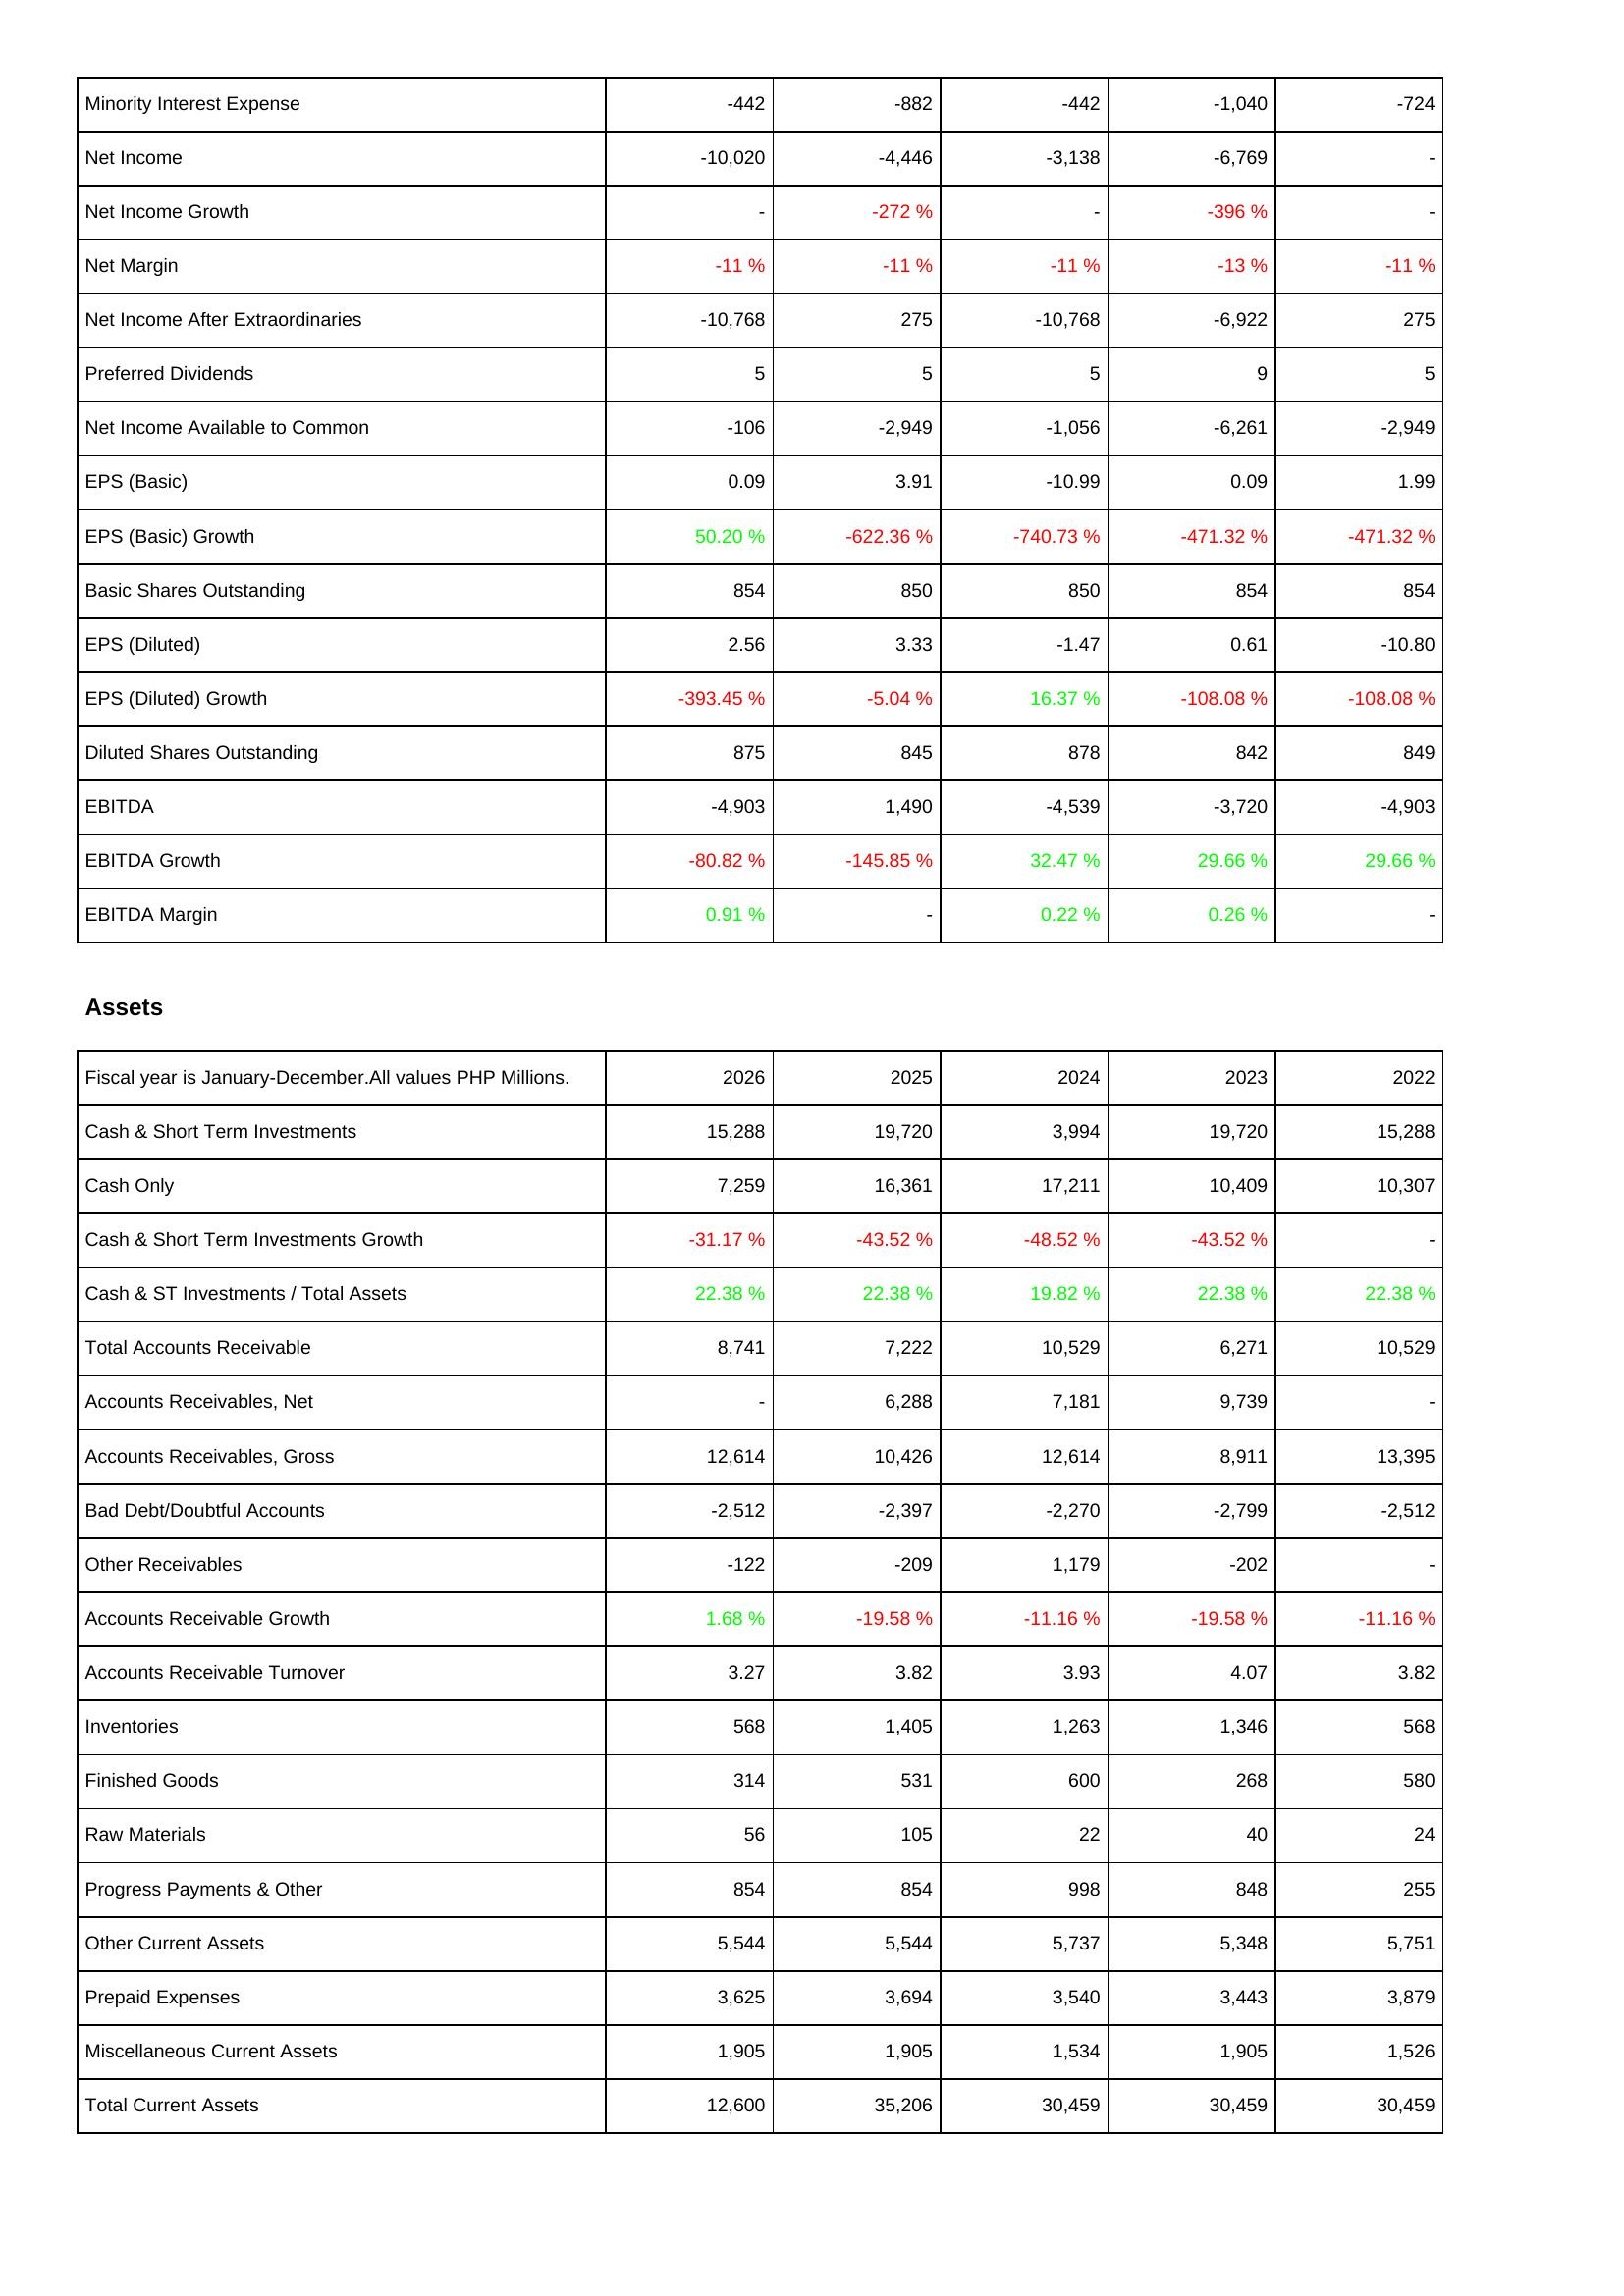
2026: Income Statement: Minority Interest Expense: -442
Net Income: -10,020
Net Income Growth: -
Net Margin: -11 %
Net Income After Extraordinaries: -10,768
Preferred Dividends: 5
Net Income Available to Common: -106
EPS (Basic): 0.09
EPS (Basic) Growth: 50.20 %
Basic Shares Outstanding: 854
EPS (Diluted): 2.56
EPS (Diluted) Growth: -393.45 %
Diluted Shares Outstanding: 875
EBITDA: -4,903
EBITDA Growth: -80.82 %
EBITDA Margin: 0.91 %
Assets: Cash & Short Term Investments: 15,288
Cash Only: 7,259
Cash & Short Term Investments Growth: -31.17 %
Cash & ST Investments / Total Assets: 22.38 %
Total Accounts Receivable: 8,741
Accounts Receivables, Net: -
Accounts Receivables, Gross: 12,614
Bad Debt/Doubtful Accounts: -2,512
Other Receivables: -122
Accounts Receivable Growth: 1.68 %
Accounts Receivable Turnover: 3.27
Inventories: 568
Finished Goods: 314
Raw Materials: 56
Progress Payments & Other: 854
Other Current Assets: 5,544
Prepaid Expenses: 3,625
Miscellaneous Current Assets: 1,905
Total Current Assets: 12,600
2025: Income Statement: Minority Interest Expense: -882
Net Income: -4,446
Net Income Growth: -272 %
Net Margin: -11 %
Net Income After Extraordinaries: 275
Preferred Dividends: 5
Net Income Available to Common: -2,949
EPS (Basic): 3.91
EPS (Basic) Growth: -622.36 %
Basic Shares Outstanding: 850
EPS (Diluted): 3.33
EPS (Diluted) Growth: -5.04 %
Diluted Shares Outstanding: 845
EBITDA: 1,490
EBITDA Growth: -145.85 %
EBITDA Margin: -
Assets: Cash & Short Term Investments: 19,720
Cash Only: 16,361
Cash & Short Term Investments Growth: -43.52 %
Cash & ST Investments / Total Assets: 22.38 %
Total Accounts Receivable: 7,222
Accounts Receivables, Net: 6,288
Accounts Receivables, Gross: 10,426
Bad Debt/Doubtful Accounts: -2,397
Other Receivables: -209
Accounts Receivable Growth: -19.58 %
Accounts Receivable Turnover: 3.82
Inventories: 1,405
Finished Goods: 531
Raw Materials: 105
Progress Payments & Other: 854
Other Current Assets: 5,544
Prepaid Expenses: 3,694
Miscellaneous Current Assets: 1,905
Total Current Assets: 35,206
2024: Income Statement: Minority Interest Expense: -442
Net Income: -3,138
Net Income Growth: -
Net Margin: -11 %
Net Income After Extraordinaries: -10,768
Preferred Dividends: 5
Net Income Available to Common: -1,056
EPS (Basic): -10.99
EPS (Basic) Growth: -740.73 %
Basic Shares Outstanding: 850
EPS (Diluted): -1.47
EPS (Diluted) Growth: 16.37 %
Diluted Shares Outstanding: 878
EBITDA: -4,539
EBITDA Growth: 32.47 %
EBITDA Margin: 0.22 %
Assets: Cash & Short Term Investments: 3,994
Cash Only: 17,211
Cash & Short Term Investments Growth: -48.52 %
Cash & ST Investments / Total Assets: 19.82 %
Total Accounts Receivable: 10,529
Accounts Receivables, Net: 7,181
Accounts Receivables, Gross: 12,614
Bad Debt/Doubtful Accounts: -2,270
Other Receivables: 1,179
Accounts Receivable Growth: -11.16 %
Accounts Receivable Turnover: 3.93
Inventories: 1,263
Finished Goods: 600
Raw Materials: 22
Progress Payments & Other: 998
Other Current Assets: 5,737
Prepaid Expenses: 3,540
Miscellaneous Current Assets: 1,534
Total Current Assets: 30,459
2023: Income Statement: Minority Interest Expense: -1,040
Net Income: -6,769
Net Income Growth: -396 %
Net Margin: -13 %
Net Income After Extraordinaries: -6,922
Preferred Dividends: 9
Net Income Available to Common: -6,261
EPS (Basic): 0.09
EPS (Basic) Growth: -471.32 %
Basic Shares Outstanding: 854
EPS (Diluted): 0.61
EPS (Diluted) Growth: -108.08 %
Diluted Shares Outstanding: 842
EBITDA: -3,720
EBITDA Growth: 29.66 %
EBITDA Margin: 0.26 %
Assets: Cash & Short Term Investments: 19,720
Cash Only: 10,409
Cash & Short Term Investments Growth: -43.52 %
Cash & ST Investments / Total Assets: 22.38 %
Total Accounts Receivable: 6,271
Accounts Receivables, Net: 9,739
Accounts Receivables, Gross: 8,911
Bad Debt/Doubtful Accounts: -2,799
Other Receivables: -202
Accounts Receivable Growth: -19.58 %
Accounts Receivable Turnover: 4.07
Inventories: 1,346
Finished Goods: 268
Raw Materials: 40
Progress Payments & Other: 848
Other Current Assets: 5,348
Prepaid Expenses: 3,443
Miscellaneous Current Assets: 1,905
Total Current Assets: 30,459
2022: Income Statement: Minority Interest Expense: -724
Net Income: -
Net Income Growth: -
Net Margin: -11 %
Net Income After Extraordinaries: 275
Preferred Dividends: 5
Net Income Available to Common: -2,949
EPS (Basic): 1.99
EPS (Basic) Growth: -471.32 %
Basic Shares Outstanding: 854
EPS (Diluted): -10.80
EPS (Diluted) Growth: -108.08 %
Diluted Shares Outstanding: 849
EBITDA: -4,903
EBITDA Growth: 29.66 %
EBITDA Margin: -
Assets: Cash & Short Term Investments: 15,288
Cash Only: 10,307
Cash & Short Term Investments Growth: -
Cash & ST Investments / Total Assets: 22.38 %
Total Accounts Receivable: 10,529
Accounts Receivables, Net: -
Accounts Receivables, Gross: 13,395
Bad Debt/Doubtful Accounts: -2,512
Other Receivables: -
Accounts Receivable Growth: -11.16 %
Accounts Receivable Turnover: 3.82
Inventories: 568
Finished Goods: 580
Raw Materials: 24
Progress Payments & Other: 255
Other Current Assets: 5,751
Prepaid Expenses: 3,879
Miscellaneous Current Assets: 1,526
Total Current Assets: 30,459